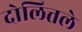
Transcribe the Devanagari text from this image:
दोलित्तले